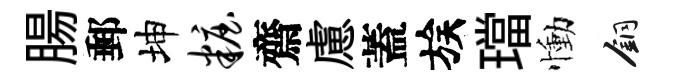
腸郵坤妆齋慮蓋族璫慟銅